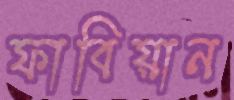
ফাবিয়ান